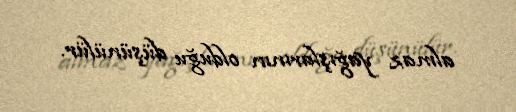
almaz yağışlarının olduğu düşünülür.